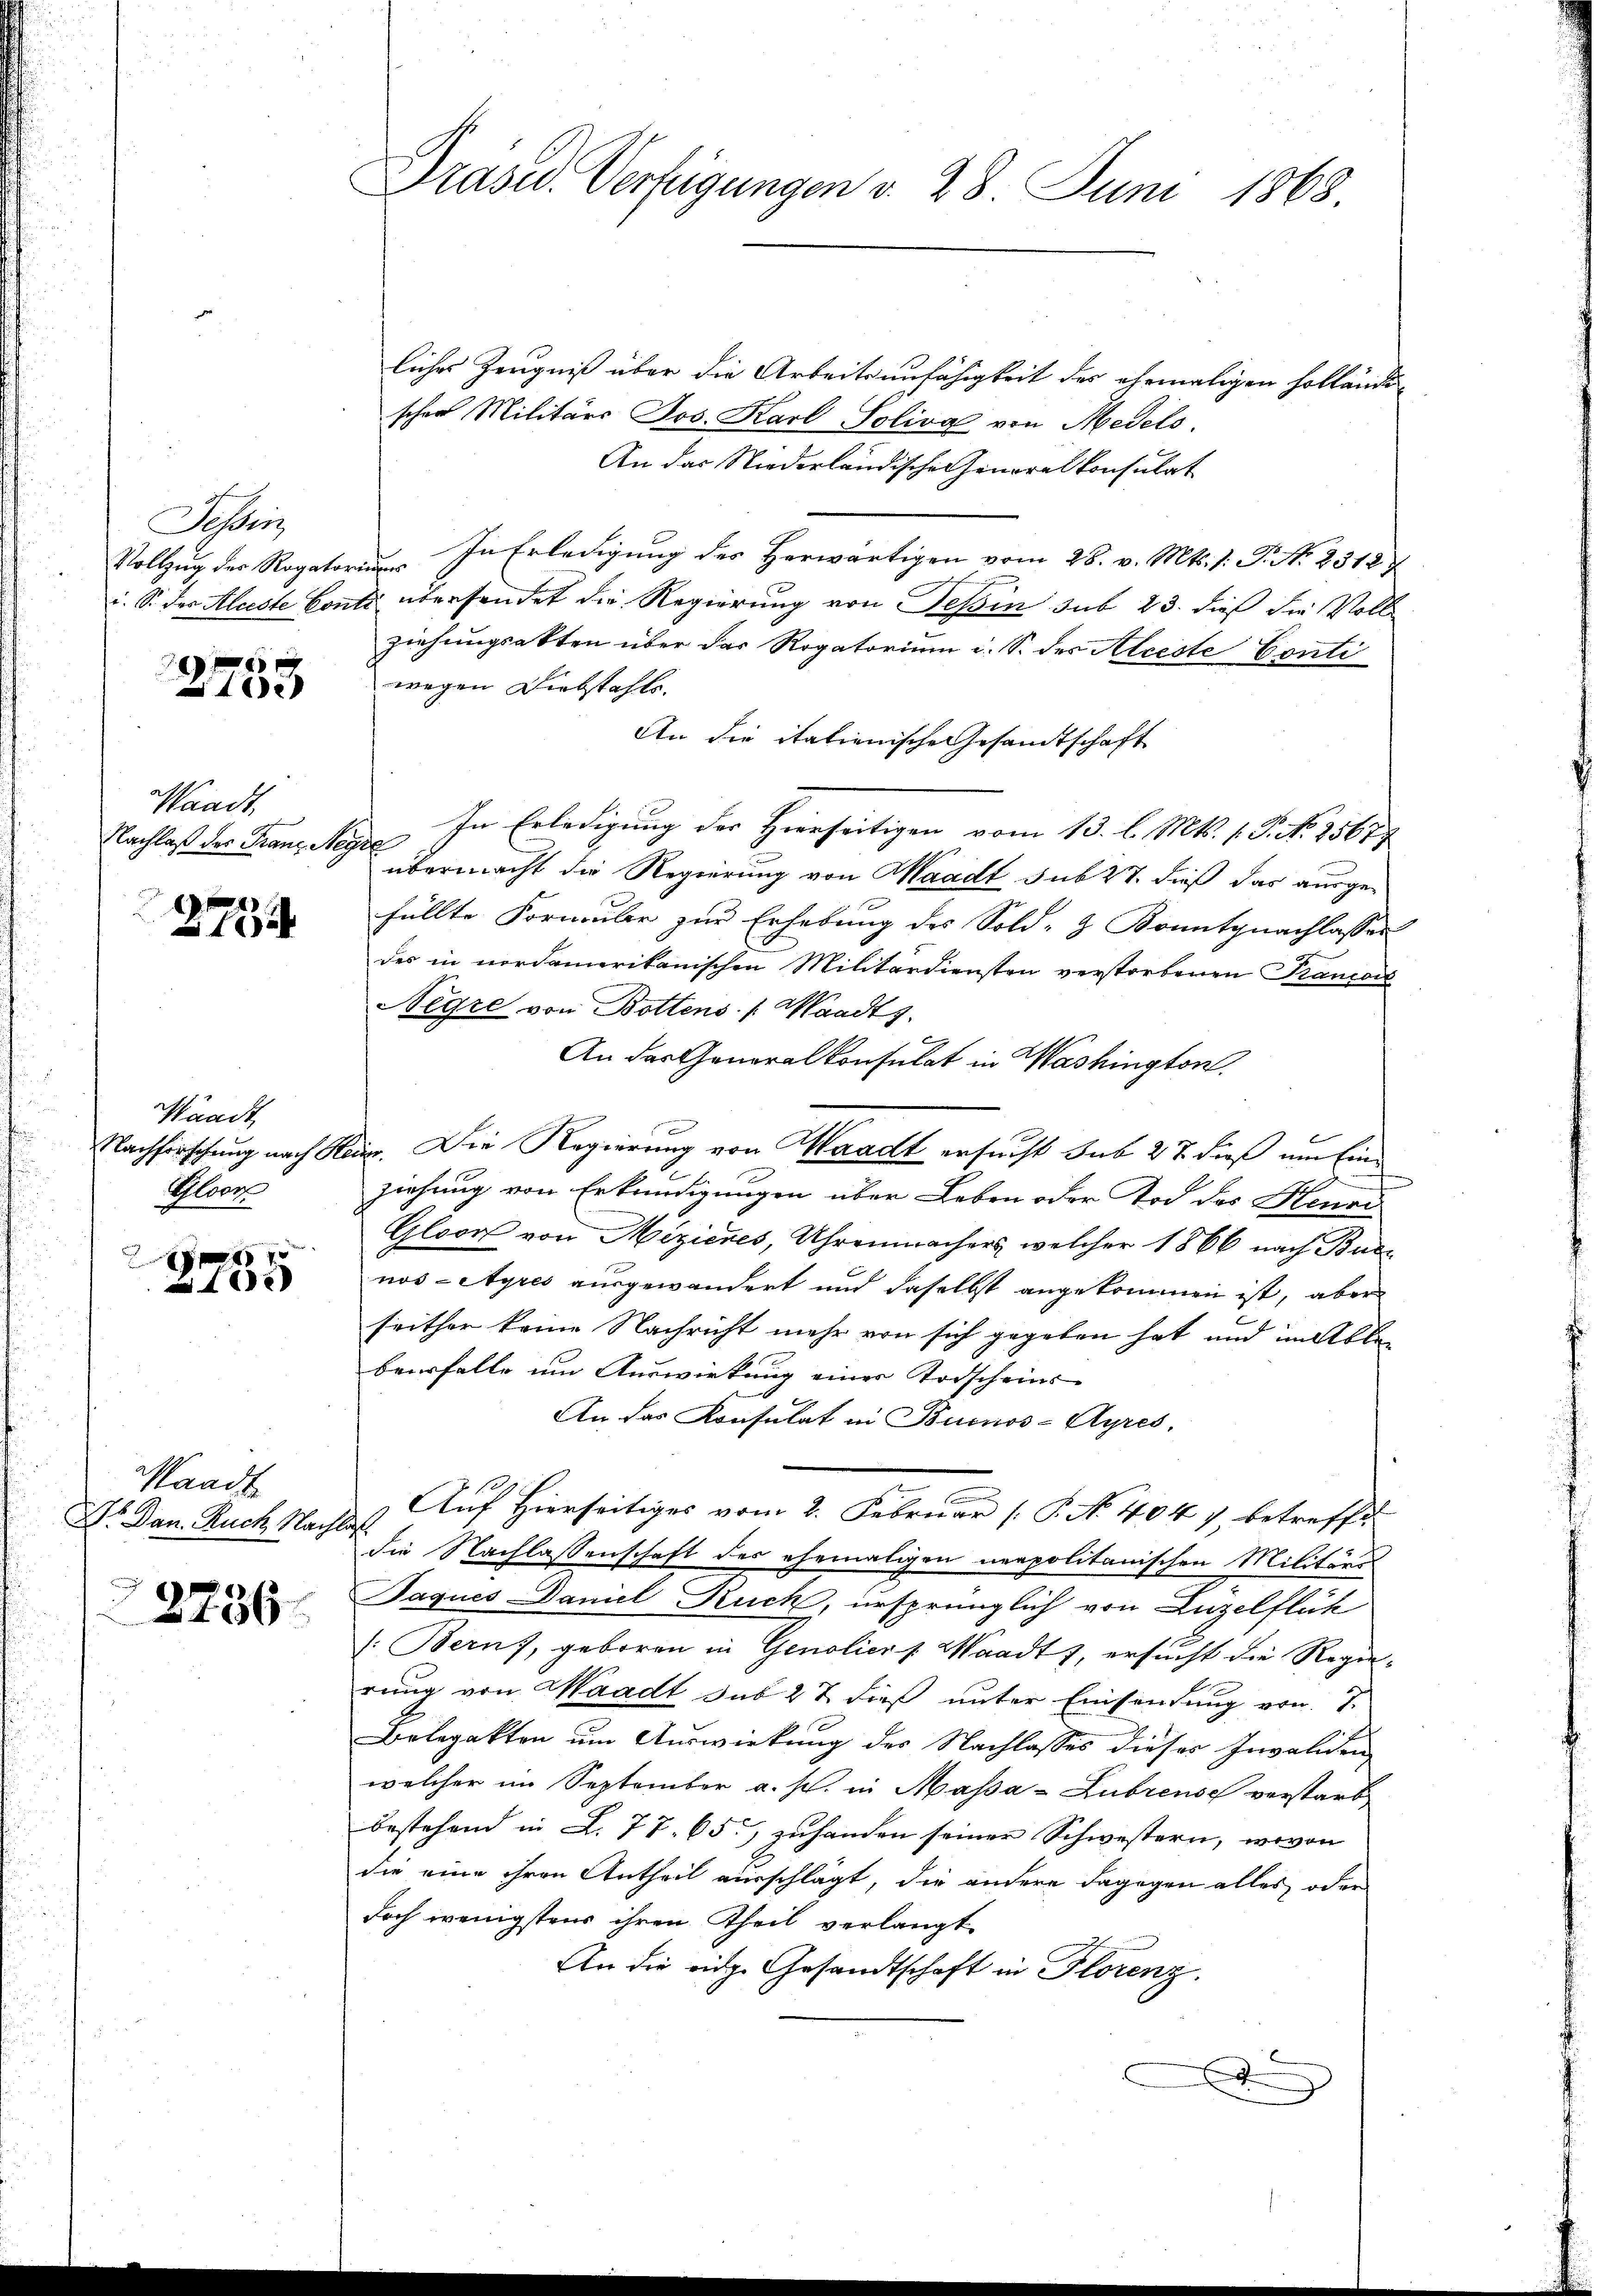
Tessin,

27753

Waadt,
Nachlaß der Franz Negre

27754

Waadt,
Gloor
f

2

Waadt
Dr. Dan. Auch Nachlas
n

2736

liches Zeugniß über die Arbeitsunfähigkeit des ehemaligen Hollände
scher Militärs Jos. Karl Soliva von Medito.
An das Niederländischen Generalkonsulat
Vollzug der Rogator. In Erledigung des Herwärtigen vom 28. v. Mts. 1. P. N. 23127
i. So des Aleste Conti übersendet die Regierung von Tessin sub 23. dieß die Voll
Ziehungsakten über das Rogatorium i. S. des Alceste Conti
wegen Diebstahls.
An die itationische Gesandtschaft
In Erledigung der Hierseitigen vom 13. l. Mts. 1. P. Nr. 25677
übermacht die Regierung von Waadt sub 27. dieß das ausgefüllte Formular zur Erhebung des Sold- & Konntgnachlasser
des in nordamerikanischen Militärdiensten verstorbenen Français
Negre von Bottens (Waadts.
An das Generalkonsulat in Washington
Nachforschung nach Reg. Die Regierung von Waadt ersucht sub 27 dieß um Einziehung von Erkundigungen über Leben oder Tod des Henni
Glock von Mezicres, Uhrenwachers, welcher 1866 nach Buc
nos-Ayres ausgewandert und daselbst angekommen ist, aber
seither keine Nachricht mehr von sich gegeben hat und im Alle
beerfalle um Auswirkung einer Todscheins
An das Konsulat in Buenos-Ayres,
Auf Hierseitiges vom 2. Februar [P. No. 404 7, betreffe
die Nachlassenschaft der ehemaligen neapolitanischen Militäris
Jaques Daniel Ruch, ursprünglich von Luzelflüh
: Berns, geboren in Genoliers. Waadt 1, ersucht die Regierung von Waadt das 27 dieß unter Einsendung von 7.
Belegakten um Auswirkung des Nachlasses dieses Invaliden,
welcher im September a. s. in Massa-Lubrense verstarb
bestehend in L. 77. 65. zuhanden seiner Schwestern, wovon
die eine ihren Antheil ausschlägt, die andere dagegen alles oder
doch wenigstens ihren Theil verlangt
An die eidge Gesandtschaft in Florenz.
d

Präsid. Verfügungen v. 28. Juni 1868.